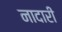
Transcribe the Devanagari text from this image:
नादारी